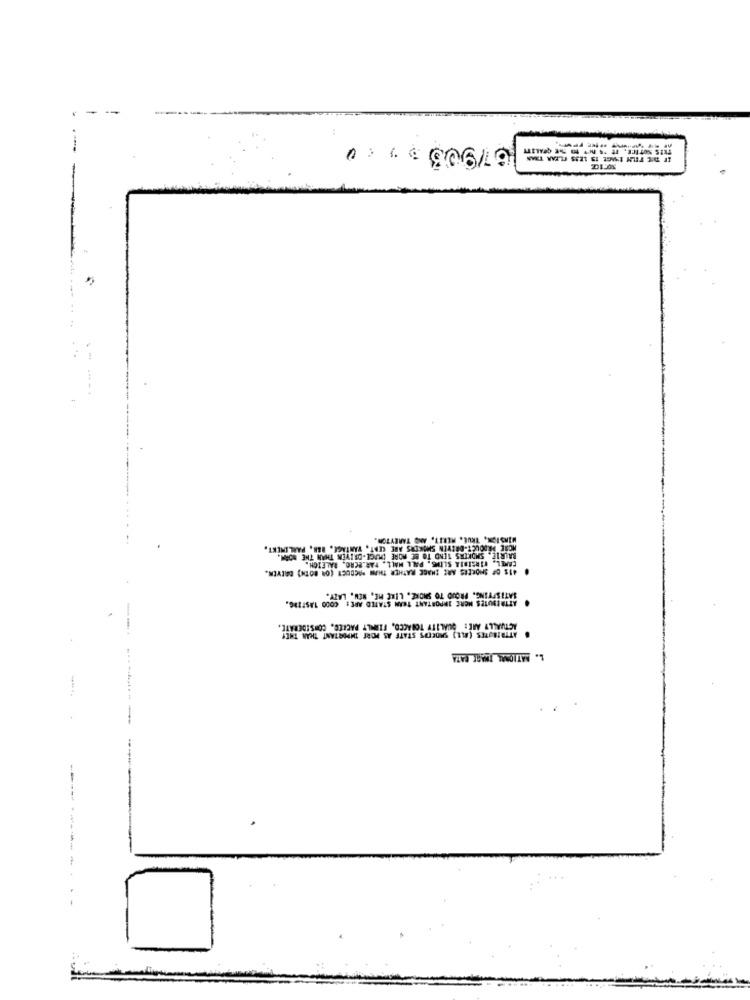
679037 00
DILON
MIRSION, TRUE, MERIT, AND TAREYTOR.
MORE PRODUCT-DREWEN SMOKERS ARE CERT, VANTAGE, BEN, PARLIMENT.
BALRIE, SMOKERS TEND TO BE MORE DUGE-DRIVEN THAN THE NORM.
CAMEL, VIRGINIA SLING, PALL MALL, PAR.BORO, RALEIGH.
412 OF SMOKEES ARE IMAGE RATHER THAN MACOUCT (OR BOTH) DATYEN.
SATISFYING. PROUD TO SMOKE. LIRE HE, NEW, LATY.
ACTUALLY ARE: QUALITY TOBACCO, FIRMLY PACKED, CONSIDERATE.
L. NATIONAL THART GATA